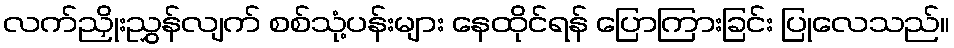
လက်ညှိုးညွှန်လျက် စစ်သုံ့ပန်းများ နေထိုင်ရန် ပြောကြားခြင်း ပြုလေသည်။